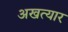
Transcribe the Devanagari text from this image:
अखत्यार